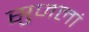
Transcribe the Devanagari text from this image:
सुजलां